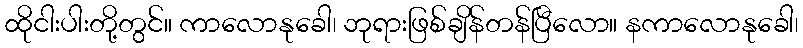
ထိုငါးပါးတို့တွင်။ ကာလောနုခေါ၊ ဘုရားဖြစ်ချိန်တန်ပြီလော။ နကာလောနုခေါ၊